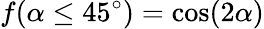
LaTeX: f(\alpha\le 45^{\circ})=\cos(2\alpha)